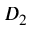
D _ { 2 }